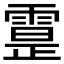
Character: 𩄕